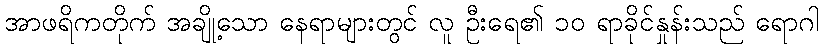
အာဖရိကတိုက် အချို့သော နေရာများတွင် လူ ဦးရေ၏ ၁၀ ရာခိုင်နှုန်းသည် ရောဂါ